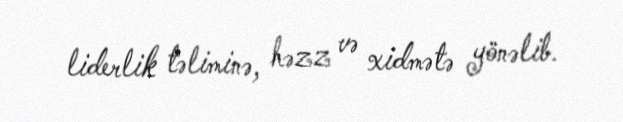
liderlik təliminə, həzz və xidmətə yönəlib.